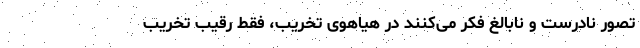
تصور نادرست و نابالغ فکر می‌کنند در هیاهوی تخریب، فقط رقیب تخریب